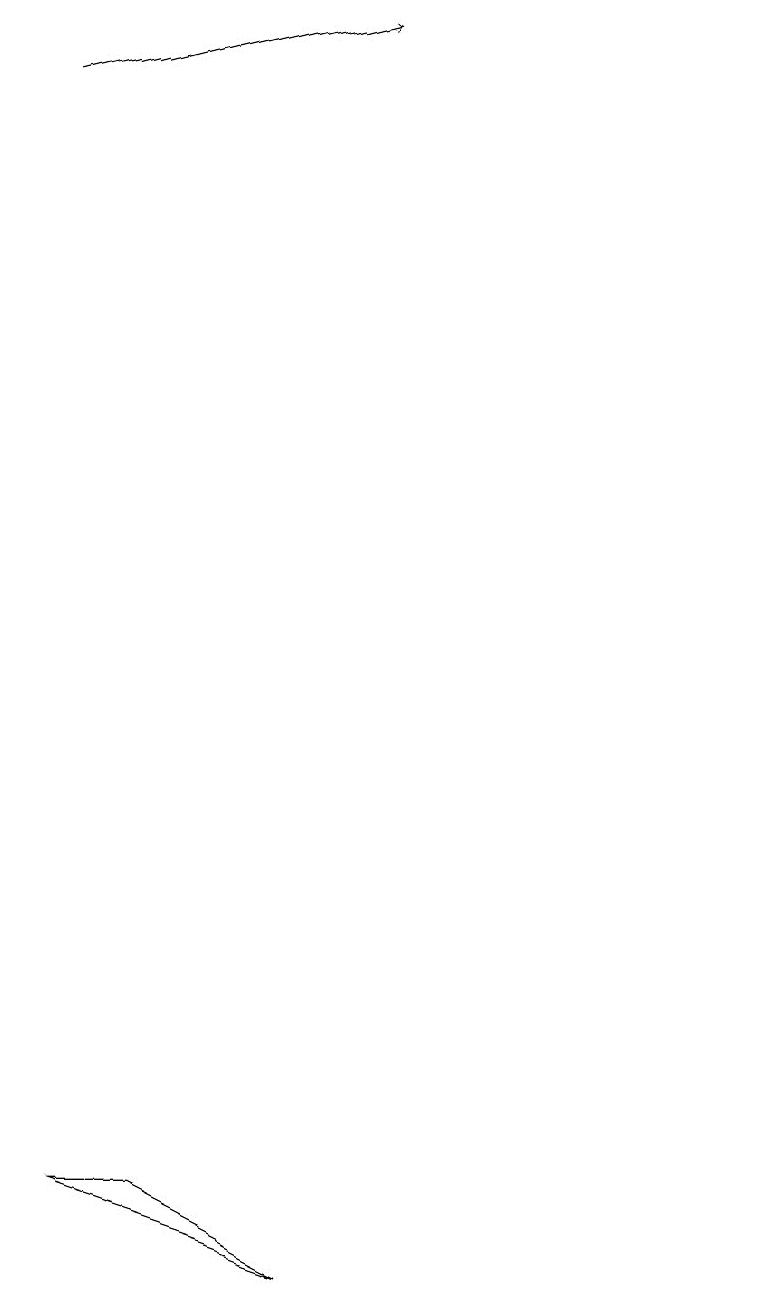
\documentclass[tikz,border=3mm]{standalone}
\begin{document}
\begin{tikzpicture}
\draw (11,12) circle (0);
\draw (6,1) -- (3,2) -- (4,2) -- cycle;
\draw[->] (2,16) -- (6,17);
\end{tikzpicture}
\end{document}